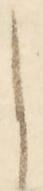
と